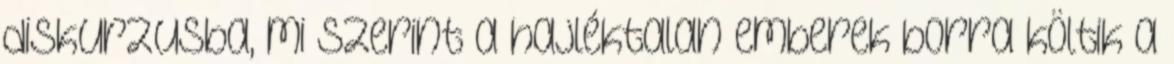
diskurzusba, mi szerint a hajléktalan emberek borra költik a